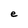
Character: e